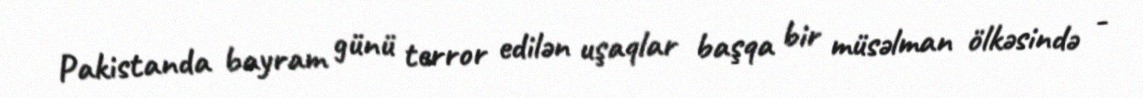
Pakistanda bayram günü terror edilən uşaqlar başqa bir müsəlman ölkəsində -